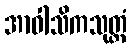
အာဝါသိကသုတ္တံ